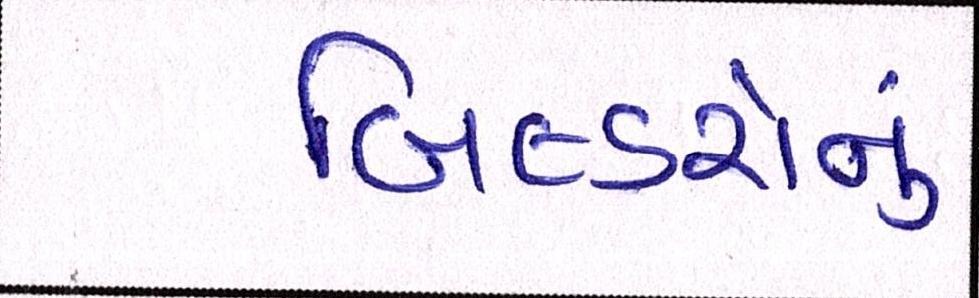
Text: બિલ્ડરોનું